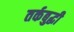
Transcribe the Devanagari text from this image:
तर्कबुद्धी